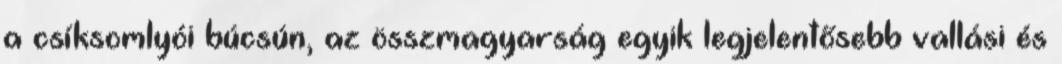
a csíksomlyói búcsún, az összmagyarság egyik legjelentősebb vallási és